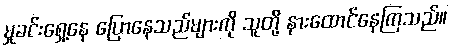
မှုခင်းရှေ့နေ ပြောနေသည်များကို သူတို့ နားထောင်နေကြသည်။